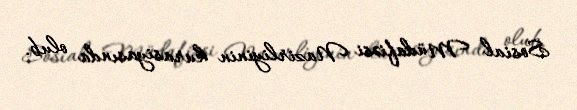
Sosial Müdafiəsi Nazirliyinin kurasiyasında olub.